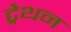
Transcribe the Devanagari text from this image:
ट्रेथन